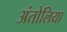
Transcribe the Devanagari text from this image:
अंतोलिया